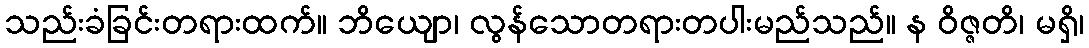
သည်းခံခြင်းတရားထက်။ ဘိယျော၊ လွန်သောတရားတပါးမည်သည်။ န ဝိဇ္ဇတိ၊ မရှိ၊